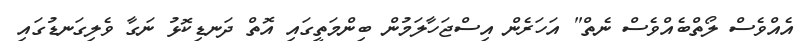
އެއްވެސް ލޯތްބެއްވެސް ނެތް" އަހަރެން އިސްޖަހާލަމުން ބިންމަތީގައި އޮތް ދަނޑިކޮޅު ނަގާ ވެލިގަނޑުގައި